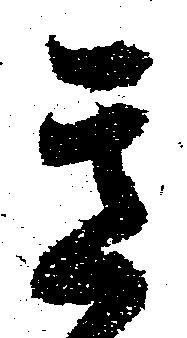
き